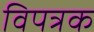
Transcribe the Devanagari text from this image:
विपत्रक